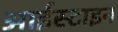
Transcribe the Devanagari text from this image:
आईस्टाइन